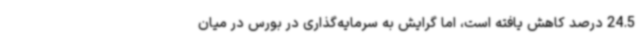
24.5 درصد کاهش یافته است، اما گرایش به سرمایه‌گذاری در بورس در میان